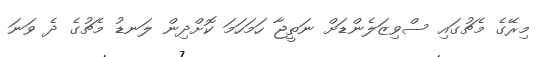
މިރޭގެ މެޗުގައި ސްވިޒަލެންޑަށް ނަތީޖާ ހަމަހަމަ ކޮށްދިން ލަނޑު މެޗުގެ ދެ ވަނަ